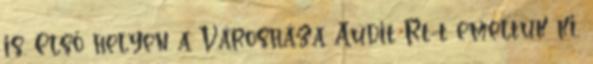
is. Első helyen a Városháza Audit Rt-t emeltük ki,